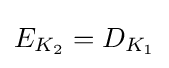
E_{K_{2}}=D_{K_{1}}